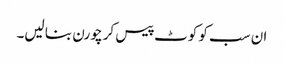
ان سب کو کوٹ پیس کر چورن بنا لیں۔